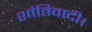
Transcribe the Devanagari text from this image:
शांतिवादी।